65_HS1-834228961_62-HQ-83894_Section_6
Agency: FBI
Page 133
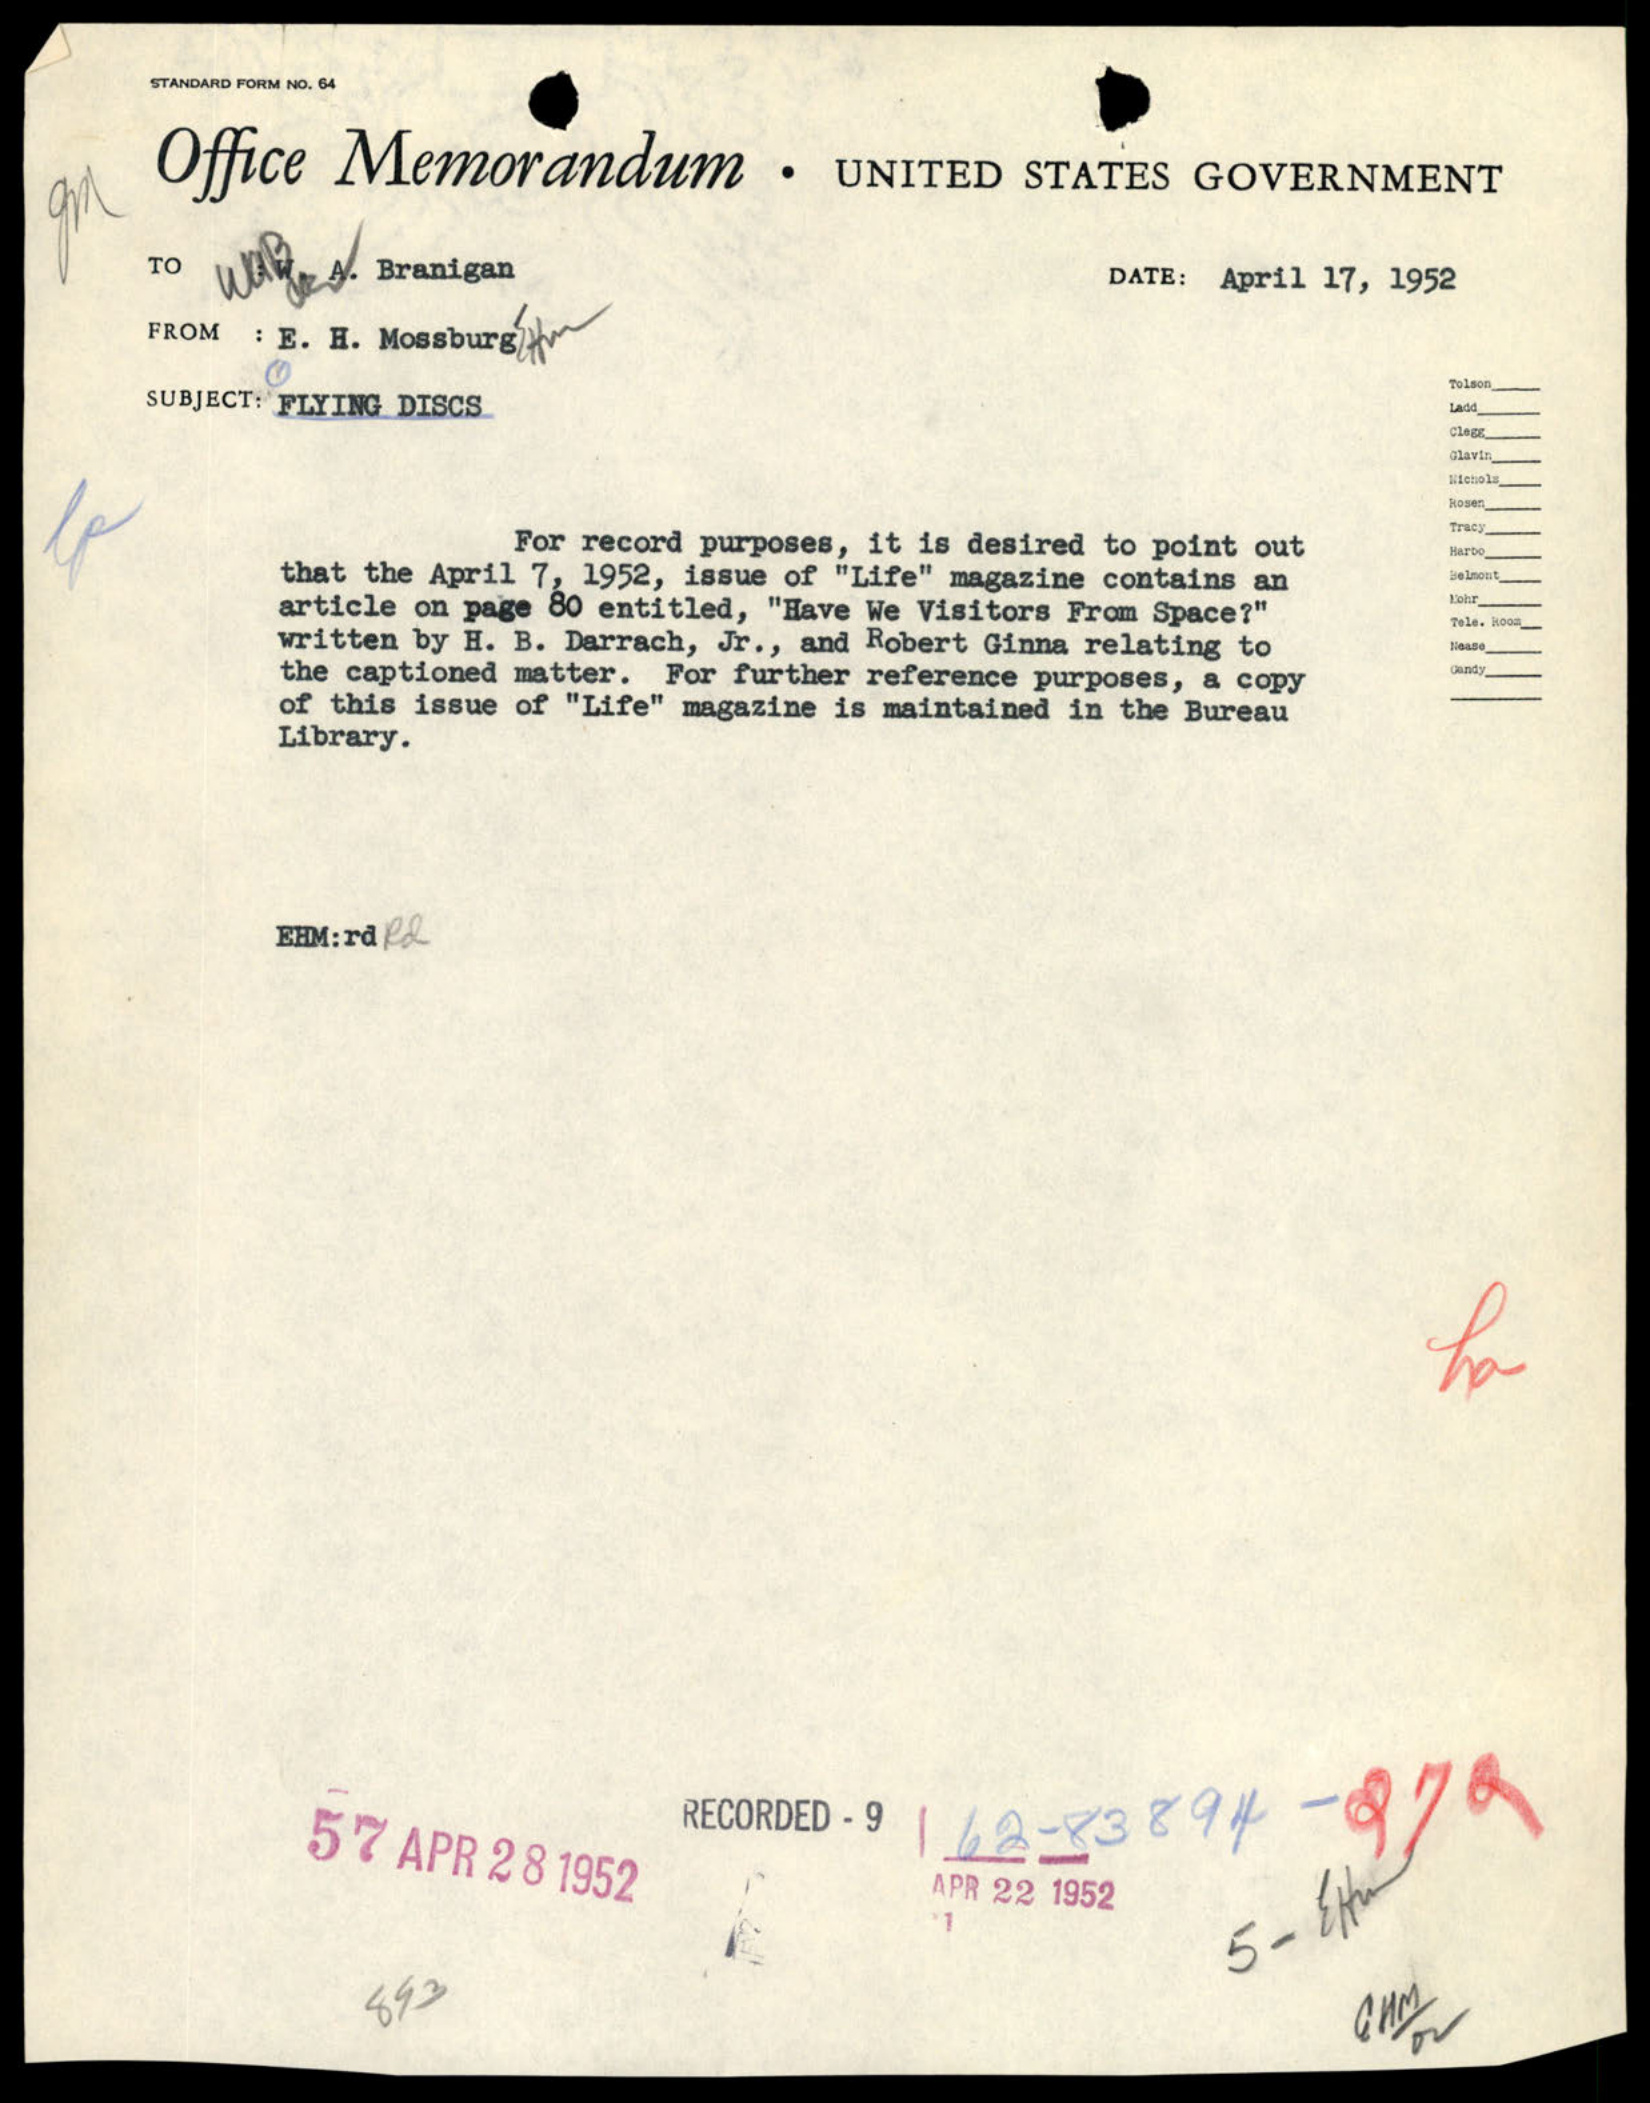